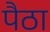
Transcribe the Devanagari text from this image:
पैठा